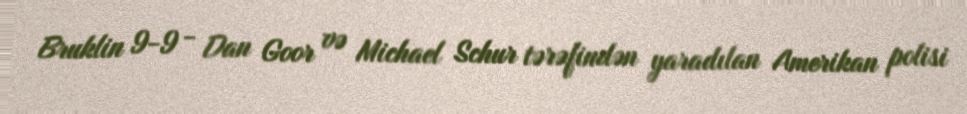
Bruklin 9-9 - Dan Goor və Michael Schur tərəfindən yaradılan Amerikan polisi